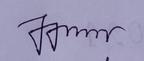
Signature authenticity: genuine